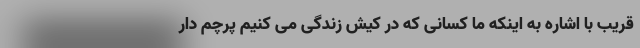
قریب با اشاره به اینکه ما کسانی که در کیش زندگی می کنیم پرچم دار